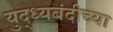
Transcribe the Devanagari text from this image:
युद्ध्यबंदीच्या